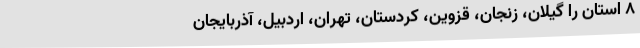
۸ استان را گیلان، زنجان، قزوین، کردستان، تهران، اردبیل، آذربایجان